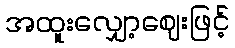
အထူးလျှော့ဈေးဖြင့်